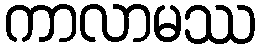
ကာလာမဿ